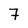
Character: 7